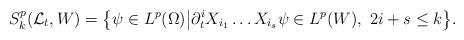
LaTeX: \begin{align*}S^p_k (\mathcal{L}_t, W) = \big\{ \psi \in L^p (\Omega) \big| \partial_t^i X_{i_1} \dots X_{i_s} \psi \in L^p (W), \ 2i + s \leq k \big\}.\end{align*}